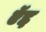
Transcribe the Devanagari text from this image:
ऍद्द